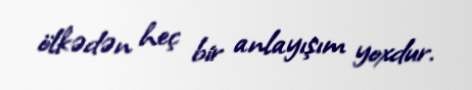
ölkədən heç bir anlayışım yoxdur.